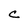
Character: C